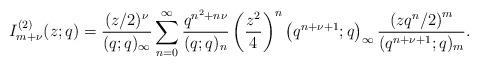
LaTeX: \begin{align*}I_{m+\nu}^{(2)}(z;q)=\frac{(z/2)^{\nu}}{(q;q)_{\infty}}\sum_{n=0}^{\infty}\frac{q^{n^{2}+n\nu}}{(q;q)_{n}}\left(\frac{z^{2}}{4}\right)^{n}\left(q^{n+\nu+1};q\right)_{\infty}\frac{\left(zq^{n}/2\right)^{m}}{(q^{n+\nu+1};q)_{m}}.\end{align*}